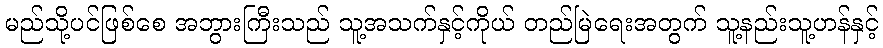
မည်သို့ပင်ဖြစ်စေ အဘွားကြီးသည် သူ့အသက်နှင့်ကိုယ် တည်မြဲရေးအတွက် သူ့နည်းသူ့ဟန်နှင့်